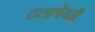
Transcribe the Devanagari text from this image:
दत्तात्रेयही